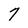
Character: 7